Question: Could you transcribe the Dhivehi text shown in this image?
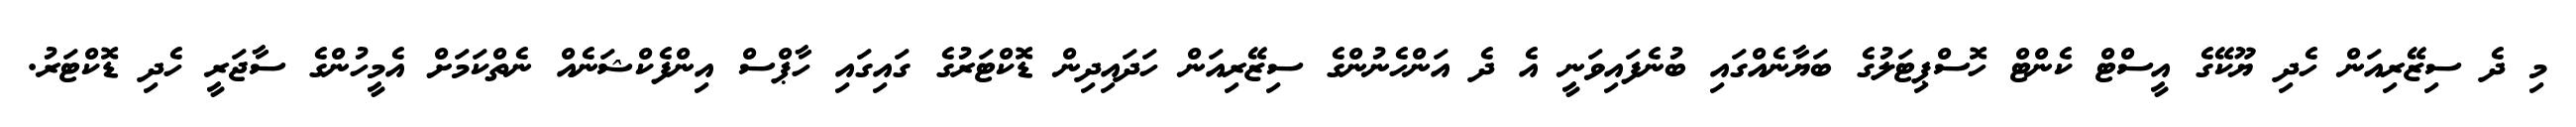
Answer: މި ދެ ސިޒޭރިއަން ހެދި ޔޫކޭގެ އީސްޓް ކެންޓް ހޮސްޕިޓަލުގެ ބަޔާނެއްގައި ބުނެފައިވަނީ އެ ދެ އަންހެނުންގެ ސިޒޭރިއަން ހަދައިދިން ޑޮކްޓަރުގެ ގައިގައި ހާޕްސް އިންފެކްޝަނެއް ނެތްކަމަށް އެމީހުންގެ ސާޖަރީ ހެދި ޑޮކްޓަރު.